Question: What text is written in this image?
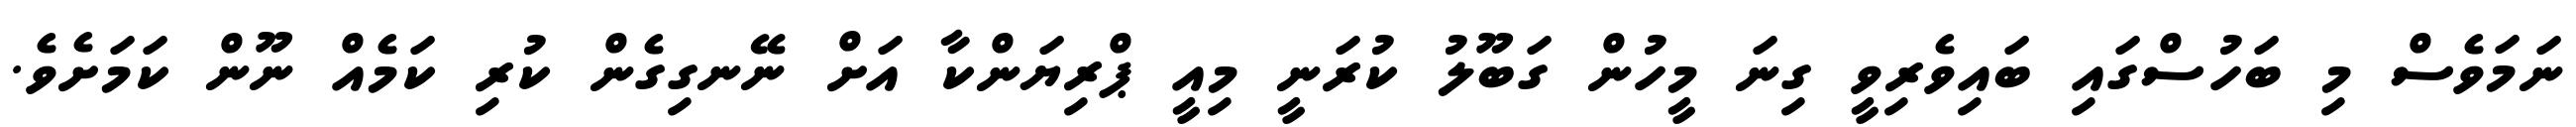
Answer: ނަމަވެސް މި ބަހުސްގައި ބައިވެރިވީ ގިނަ މީހުން ގަބޫލު ކުރަނީ މިއީ ޕްރިޔަންކާ އަށް ނޭނގިގެން ކުރި ކަމެއް ނޫން ކަމަށެވެ.